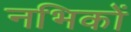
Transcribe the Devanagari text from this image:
नभिकों